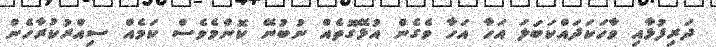
ދަރިފުޅާއި ވާހަކަދައްކަބަލަ އަހާ އަހާ ވެގެން އުޅޭގޮތެއް ނުބުނޭ ކޮންމެވެސް ކަމެއް ސިއްރުކުރާހެން